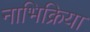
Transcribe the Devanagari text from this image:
नाभिक्रिया